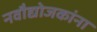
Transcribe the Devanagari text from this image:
नवौद्योजकांना